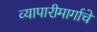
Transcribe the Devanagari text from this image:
व्यापारीमार्गाचे